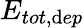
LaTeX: E_{tot,\mathrm{d}ep}